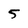
Character: 5